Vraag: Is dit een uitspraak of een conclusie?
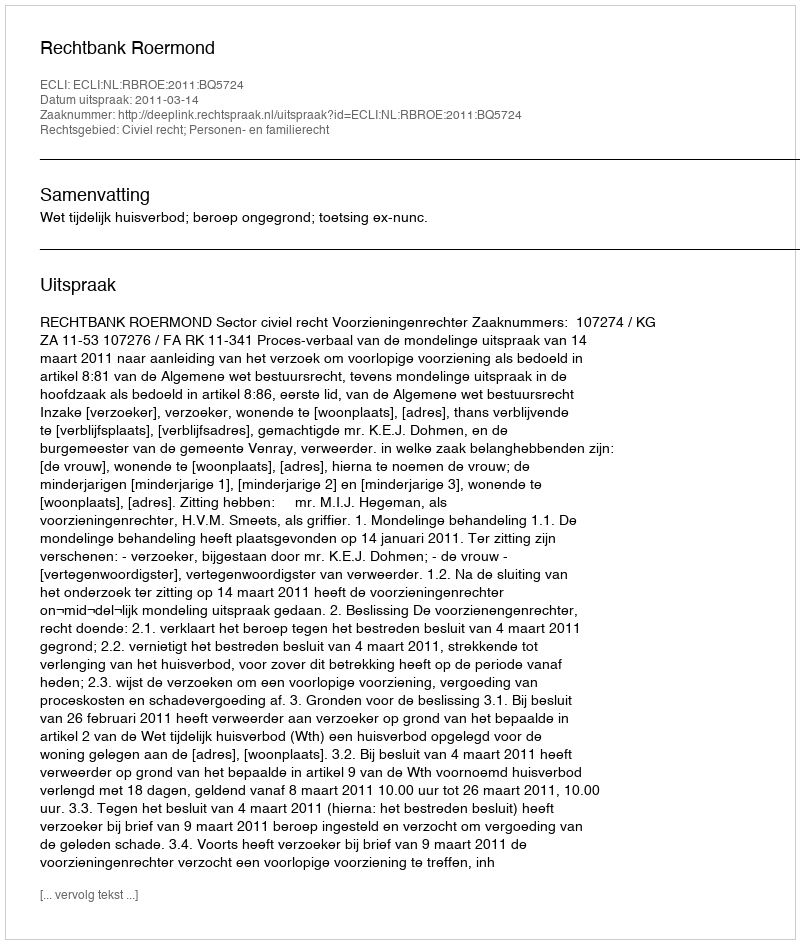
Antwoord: Uitspraak